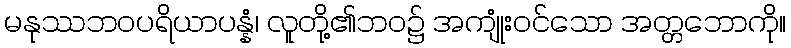
မနုဿဘဝပရိယာပန္နံ၊ လူတို့၏ဘဝ၌ အကျုံးဝင်သော အတ္တဘောကို။